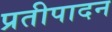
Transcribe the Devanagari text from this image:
प्रतीपादन